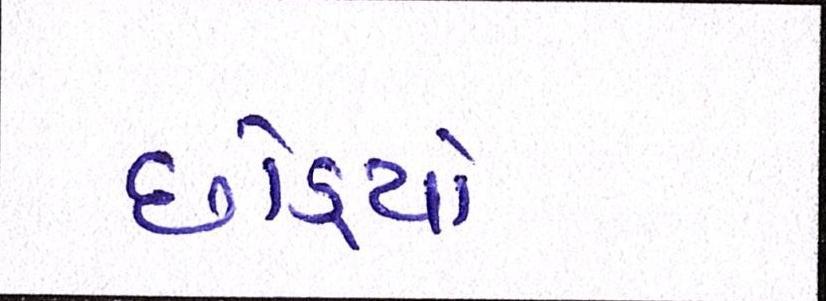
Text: છોડ્યો